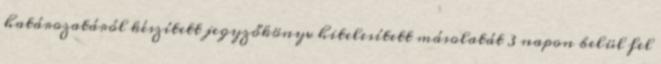
határozatáról készített jegyzőkönyv hitelesített másolatát 3 napon belül fel